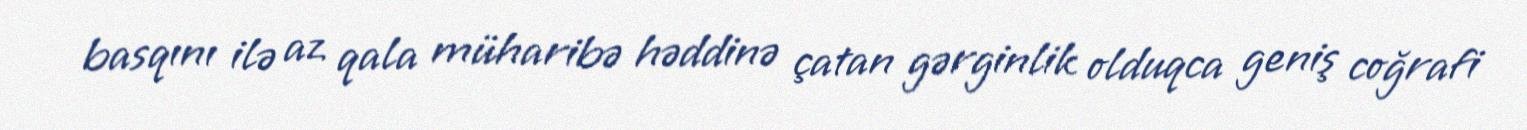
basqını ilə az qala müharibə həddinə çatan gərginlik olduqca geniş coğrafi